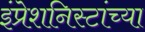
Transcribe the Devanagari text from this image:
इंप्रेशनिस्टांच्या